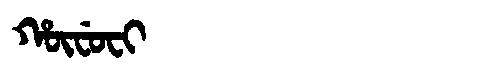
Manchu: ᡥᡡᠸᡠᠸᡳ
Romanization: HŪFUFI